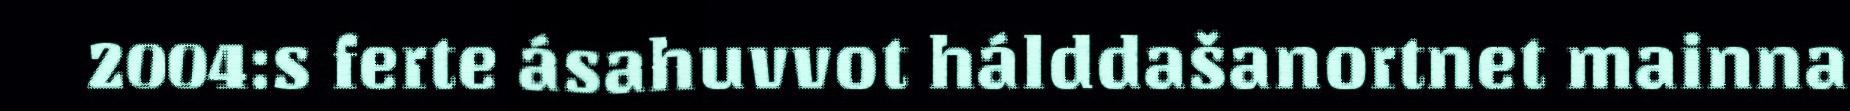
2004:s ferte ásahuvvot hálddašanortnet mainna